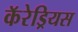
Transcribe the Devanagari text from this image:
कॅरेड्रियस